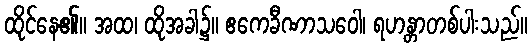
ထိုင်နေ၏။ အထ၊ ထိုအခါ၌။ ဧကေခီဏာသဝေါ၊ ရဟန္တာတစ်ပါးသည်။